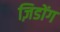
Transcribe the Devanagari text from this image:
ज़िडोंग